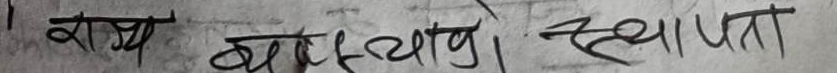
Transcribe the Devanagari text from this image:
राज्य बचाउँ। स्थापना